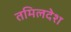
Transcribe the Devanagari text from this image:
तमिलदेश